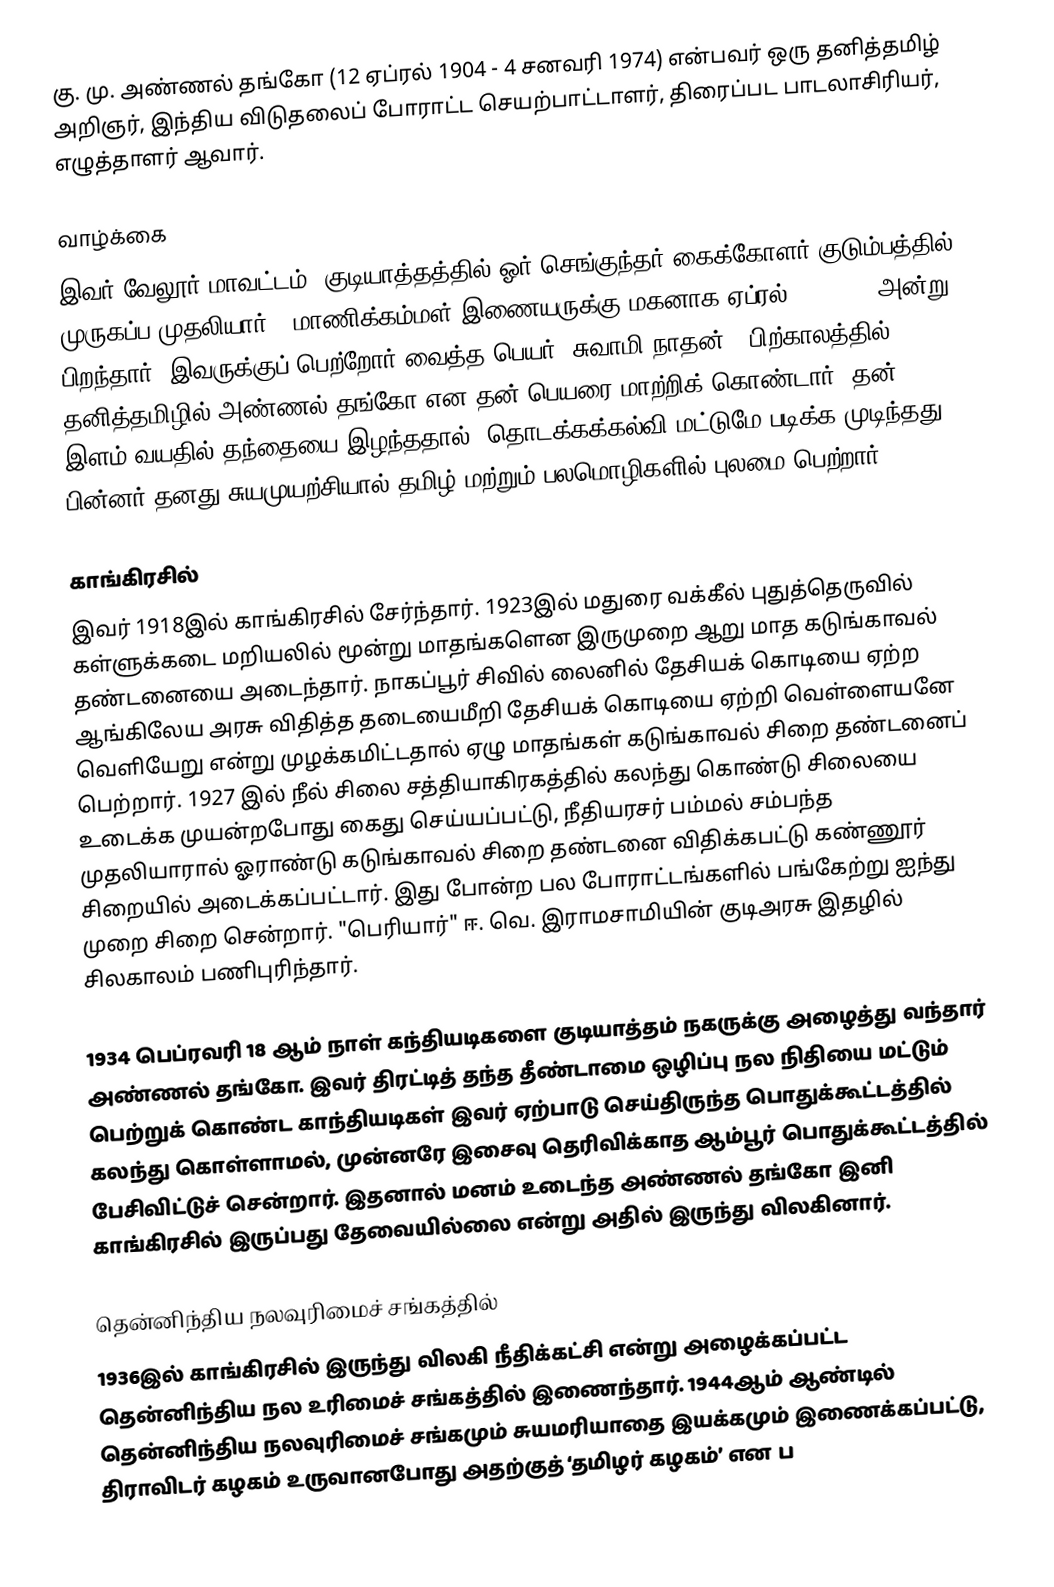
கு. மு. அண்ணல் தங்கோ (12 ஏப்ரல் 1904 - 4 சனவரி 1974) என்பவர் ஒரு தனித்தமிழ் அறிஞர், இந்திய விடுதலைப் போராட்ட செயற்பாட்டாளர், திரைப்பட பாடலாசிரியர், எழுத்தாளர் ஆவார்.

வாழ்க்கை
இவர் வேலூர் மாவட்டம், குடியாத்தத்தில் ஓர் செங்குந்தர் கைக்கோளர் குடும்பத்தில் முருகப்ப முதலியார் - மாணிக்கம்மள் இணையருக்கு மகனாக ஏப்ரல் 12, 1904 அன்று பிறந்தார். இவருக்குப் பெற்றோர் வைத்த பெயர் ‘சுவாமி நாதன்’. பிற்காலத்தில் தனித்தமிழில் அண்ணல் தங்கோ என தன் பெயரை மாற்றிக் கொண்டார். தன் இளம் வயதில் தந்தையை இழந்ததால், தொடக்கக்கல்வி மட்டுமே படிக்க முடிந்தது. பின்னர் தனது சுயமுயற்சியால் தமிழ் மற்றும் பலமொழிகளில் புலமை பெற்றார்.

காங்கிரசில்
இவர் 1918இல் காங்கிரசில் சேர்ந்தார். 1923இல் மதுரை வக்கீல் புதுத்தெருவில் கள்ளுக்கடை மறியலில் மூன்று மாதங்களென இருமுறை ஆறு மாத கடுங்காவல் தண்டனையை அடைந்தார். நாகப்பூர் சிவில் லைனில் தேசியக் கொடியை ஏற்ற ஆங்கிலேய அரசு விதித்த தடையைமீறி தேசியக் கொடியை ஏற்றி வெள்ளையனே வெளியேறு என்று முழக்கமிட்டதால் ஏழு மாதங்கள் கடுங்காவல் சிறை தண்டனைப் பெற்றார். 1927 இல் நீல் சிலை சத்தியாகிரகத்தில் கலந்து கொண்டு சிலையை உடைக்க முயன்றபோது கைது செய்யப்பட்டு, நீதியரசர் பம்மல் சம்பந்த முதலியாரால் ஓராண்டு கடுங்காவல் சிறை தண்டனை விதிக்கபட்டு கண்ணூர் சிறையில் அடைக்கப்பட்டார். இது போன்ற பல போராட்டங்களில் பங்கேற்று ஐந்து முறை சிறை சென்றார். "பெரியார்" ஈ. வெ. இராமசாமியின் குடிஅரசு இதழில் சிலகாலம் பணிபுரிந்தார்.

1934 பெப்ரவரி 18 ஆம் நாள் கந்தியடிகளை குடியாத்தம் நகருக்கு அழைத்து வந்தார் அண்ணல் தங்கோ. இவர் திரட்டித் தந்த தீண்டாமை ஒழிப்பு நல நிதியை மட்டும் பெற்றுக் கொண்ட காந்தியடிகள் இவர் ஏற்பாடு செய்திருந்த பொதுக்கூட்டத்தில் கலந்து கொள்ளாமல், முன்னரே இசைவு தெரிவிக்காத ஆம்பூர் பொதுக்கூட்டத்தில் பேசிவிட்டுச் சென்றார். இதனால் மனம் உடைந்த அண்ணல் தங்கோ இனி காங்கிரசில் இருப்பது தேவையில்லை என்று அதில் இருந்து விலகினார்.

தென்னிந்திய நலவுரிமைச் சங்கத்தில்
1936இல் காங்கிரசில் இருந்து விலகி நீதிக்கட்சி என்று அழைக்கப்பட்ட தென்னிந்திய நல உரிமைச் சங்கத்தில் இணைந்தார். 1944ஆம் ஆண்டில் தென்னிந்திய நலவுரிமைச் சங்கமும் சுயமரியாதை இயக்கமும் இணைக்கப்பட்டு, திராவிடர் கழகம் உருவானபோது அதற்குத் ‘தமிழர் கழகம்’ என ப